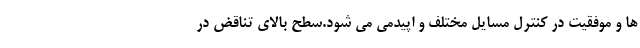
ها و موفقیت در کنترل مسایل مختلف و اپیدمی می شود.سطح بالای تناقض در